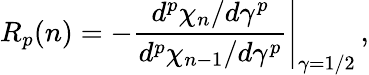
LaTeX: R_{p}(n)=-\left.\frac{d^{p}\chi_{n}/d\gamma^{p}}{d^{p}\chi_{n-1}/d\gamma^{p}}\right|_{\gamma=1/2}\, ,